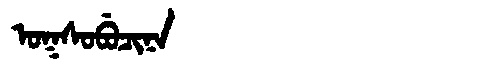
Manchu: ᠣᡴᠰᠣᠪᡠᠴᡳᠨᠠ
Romanization: OKSOBUCINA